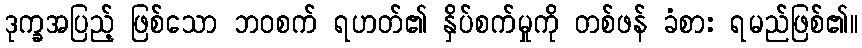
ဒုက္ခအပြည့် ဖြစ်သော ဘဝစက် ရဟတ်၏ နှိပ်စက်မှုကို တစ်ဖန် ခံစား ရမည်ဖြစ်၏။